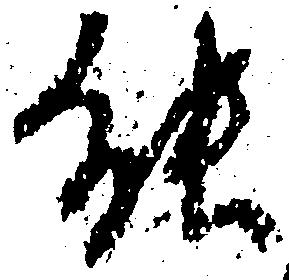
能